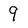
Character: 9